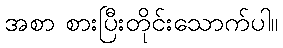
အစာ စားပြီးတိုင်းသောက်ပါ။